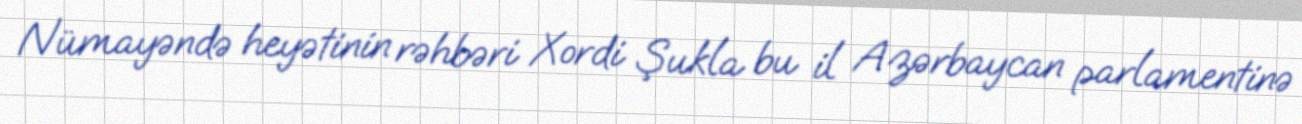
Nümayəndə heyətinin rəhbəri Xordi Şukla bu il Azərbaycan parlamentinə